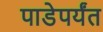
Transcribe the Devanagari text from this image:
पाडेपर्यंत